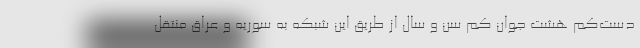
دست‌کم هشت جوان کم سن و سال از طریق این شبکه به سوریه و عراق منتقل